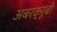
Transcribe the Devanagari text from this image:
अबरक्रूबी